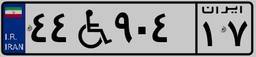
۴۴W۹۰۴۱۷